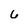
Character: 6